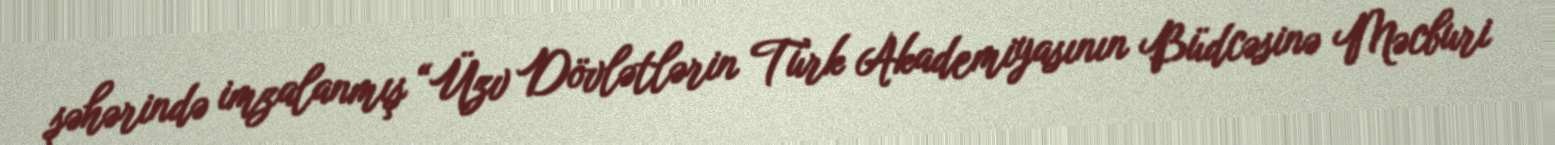
şəhərində imzalanmış “Üzv Dövlətlərin Türk Akademiyasının Büdcəsinə Məcburi